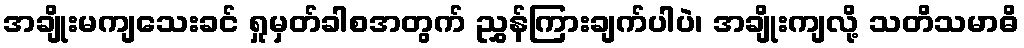
အချိုးမကျသေးခင် ရှုမှတ်ခါစအတွက် ညွှန်ကြားချက်ပါပဲ၊ အချိုးကျလို့ သတိသမာဓိ